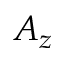
A _ { z }